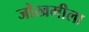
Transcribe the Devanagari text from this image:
जोखमीला